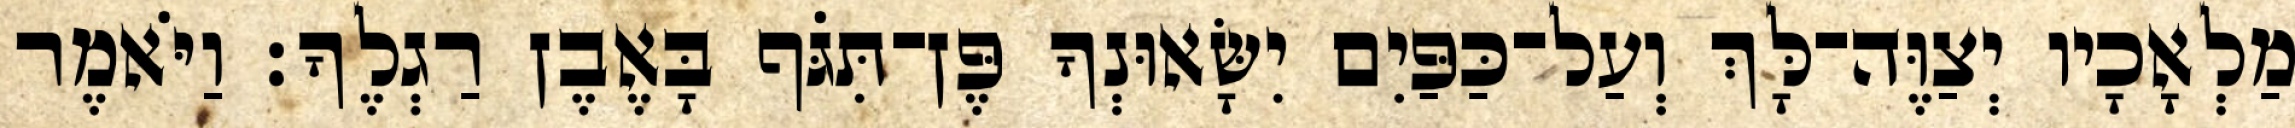
מַלְאָכָיו יְצַוֶּה־לָּךְ וְעַל־כַּפַּיִם יִשָּׂאוּנְךָ פֶּן־תִּגֹּף בָּאֶבֶן רַגְלֶךָ׃ וַיֹּאמֶר